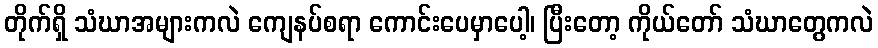
တိုက်ရှိ သံဃာအများကလဲ ကျေနပ်စရာ ကောင်းပေမှာပေါ့၊ ပြီးတော့ ကိုယ်တော် သံဃာတွေကလဲ